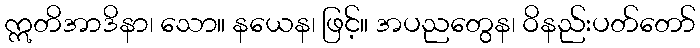
ဣတိအာဒိနာ၊ သော။ နယေန၊ ဖြင့်။ အပညတွေန၊ ဝိနည်းပတ်တော်